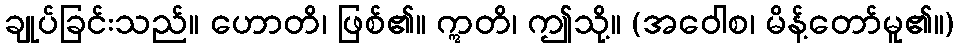
ချုပ်ခြင်းသည်။ ဟောတိ၊ ဖြစ်၏။ ဣတိ၊ ဤသို့။ (အဝေါစ၊ မိန့်တော်မူ၏။)